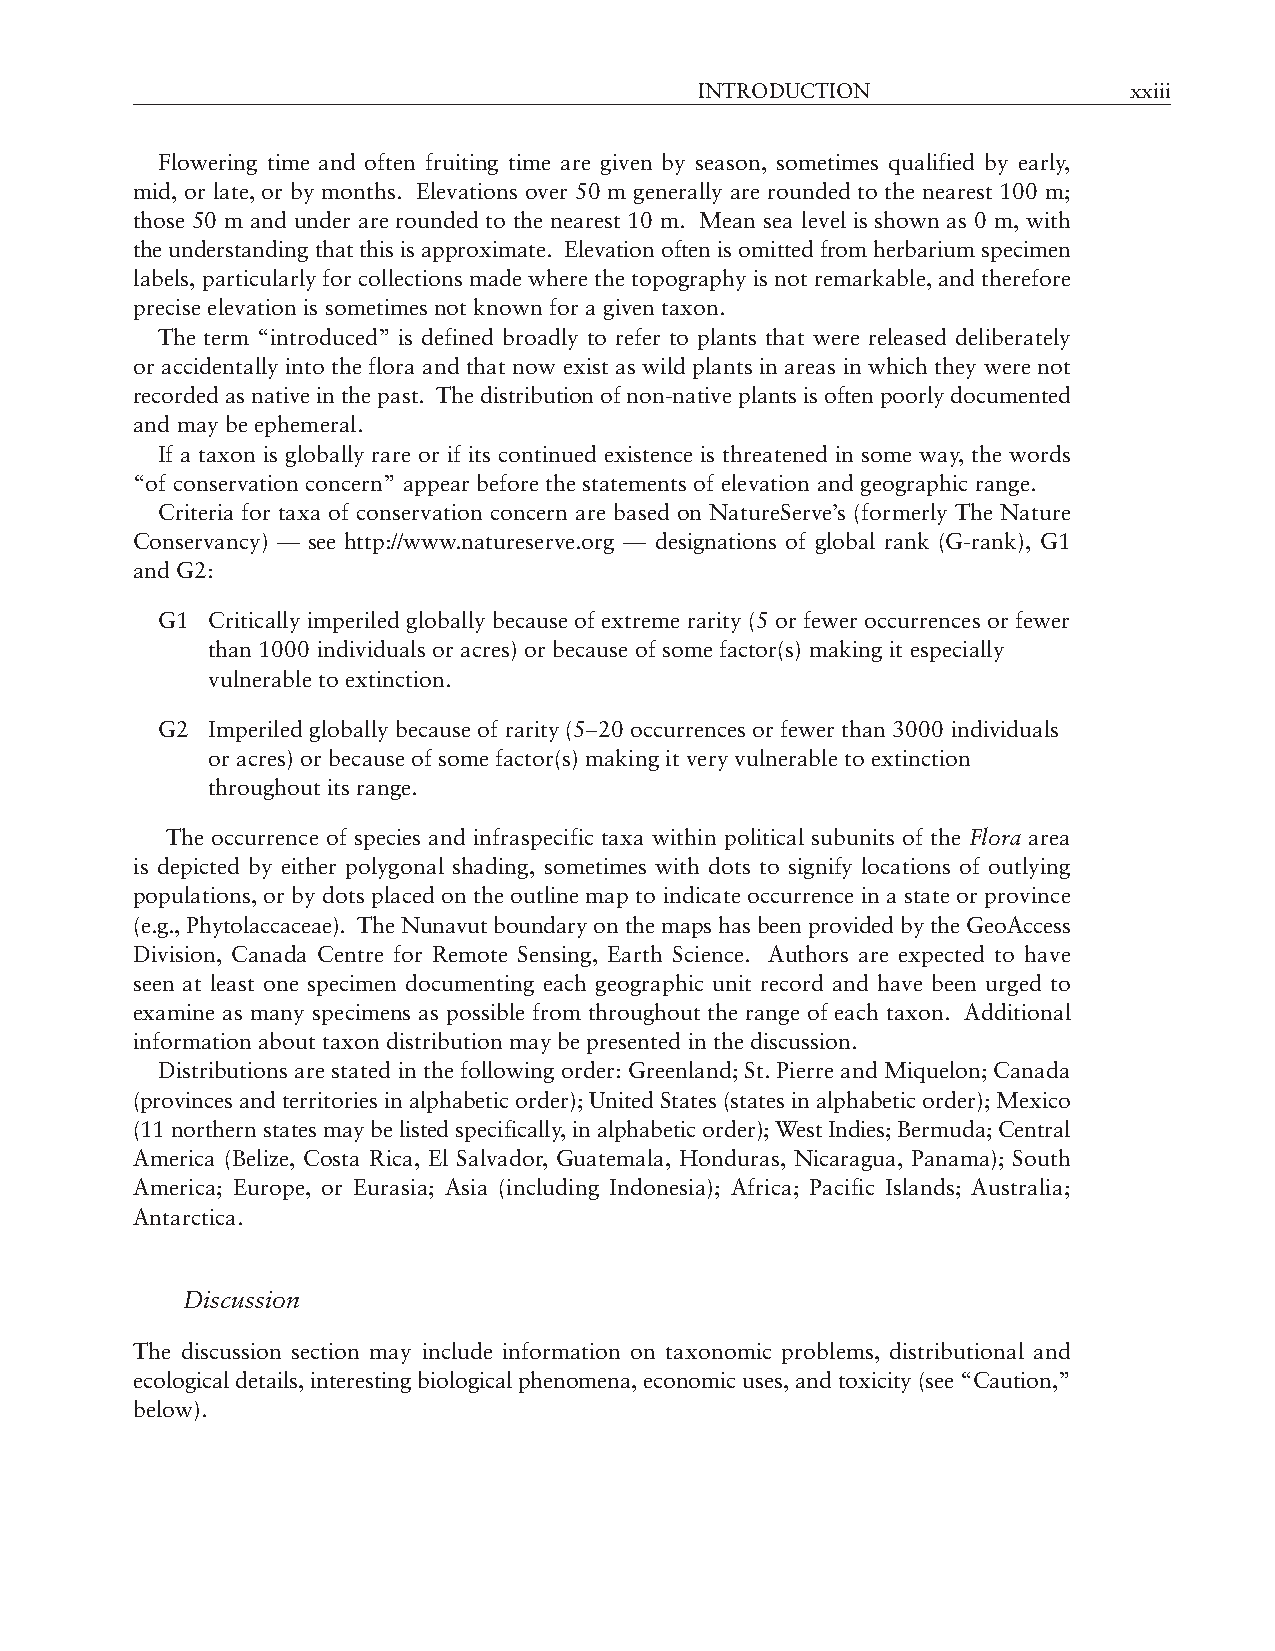
INTRODUCTION                 xxiii
 Flowering time and often fruiting time are given by season, sometimes qualified by early,
 mid, or late, or by months. Elevations over 50 m generally are rounded to the nearest 100 m;
 those 50 m and under are rounded to the nearest 10 m. Mean sea level is shown as 0 m, with
 the understanding that this is approximate. Elevation often is omitted from herbarium specimen
 labels, particularly for collections made where the topography is not remarkable, and therefore
 precise elevation is sometimes not known for a given taxon.
 The term “introduced” is defined broadly to refer to plants that were released deliberately
 or accidentally into the flora and that now exist as wild plants in areas in which they were not
 recorded as native in the past. The distribution of non-native plants is often poorly documented
 and may be ephemeral.
 If a taxon is globally rare or if its continued existence is threatened in some way, the words
 “of conservation concern” appear before the statements of elevation and geographic range.
 Criteria for taxa of conservation concern are based on NatureServe’s (formerly The Nature
 Conservancy) — see http://www.natureserve.org — designations of global rank (G-rank), G1
 and G2:
 G1  Critically imperiled globally because of extreme rarity (5 or fewer occurrences or fewer
 than 1000 individuals or acres) or because of some factor(s) making it especially
 vulnerable to extinction.
 G2  Imperiled globally because of rarity (5–20 occurrences or fewer than 3000 individuals
 or acres) or because of some factor(s) making it very vulnerable to extinction
 throughout its range.
 The occurrence of species and infraspecific taxa within political subunits of the Flora area
 is depicted by either polygonal shading, sometimes with dots to signify locations of outlying
 populations, or by dots placed on the outline map to indicate occurrence in a state or province
 (e.g., Phytolaccaceae). The Nunavut boundary on the maps has been provided by the GeoAccess
 Division, Canada Centre for Remote Sensing, Earth Science. Authors are expected to have
 seen at least one specimen documenting each geographic unit record and have been urged to
 examine as many specimens as possible from throughout the range of each taxon. Additional
 information about taxon distribution may be presented in the discussion.
 Distributions are stated in the following order: Greenland; St. Pierre and Miquelon; Canada
 (provinces and territories in alphabetic order); United States (states in alphabetic order); Mexico
 (11 northern states may be listed specifically, in alphabetic order); West Indies; Bermuda; Central
 America (Belize, Costa Rica, El Salvador, Guatemala, Honduras, Nicaragua, Panama); South
 America; Europe, or Eurasia; Asia (including Indonesia); Africa; Pacific Islands; Australia;
 Antarctica.
 Discussion
 The discussion section may include information on taxonomic problems, distributional and
 ecological details, interesting biological phenomena, economic uses, and toxicity (see “Caution,”
 below).